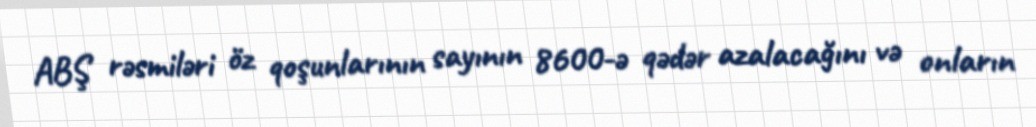
ABŞ rəsmiləri öz qoşunlarının sayının 8600-ə qədər azalacağını və onların